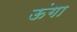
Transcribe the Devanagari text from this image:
ऊंगा